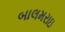
બાલમરાઇ